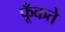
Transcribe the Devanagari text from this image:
फूँकते